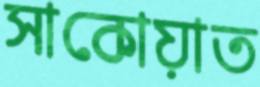
সাকোয়াত